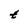
Character: t